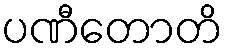
ပဏီတောတိ